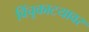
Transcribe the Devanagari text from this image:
विंचूकाटयावर